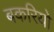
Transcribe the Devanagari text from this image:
बकरियो